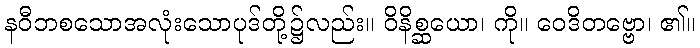
နဝီဘစသောအလုံးသောပုဒ်တို့၌လည်း။ ဝိနိစ္ဆယော၊ ကို။ ဝေဒိတဗ္ဗော၊ ၏။